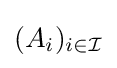
(A_{i})_{i\in {\mathcal {I}}}